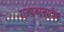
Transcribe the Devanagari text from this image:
राज्यकाळातील